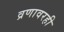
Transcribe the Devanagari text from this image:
व्रणावरही